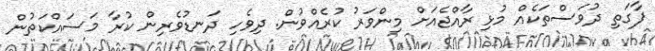
ފާގަތި ދުވަސްތަކެއް މުޅި ރާއްޖެއަށް މިންވަރު ކުރެއްވުން. ދިވެހި ދަނޑުވެރިން ކުރާ މަސައްކަތުން